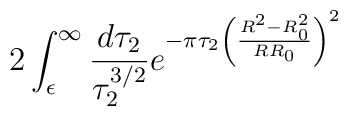
2\int_{\epsilon}^{\infty}\frac{d\tau_{2}}{\tau_{2}^{3/2}}e^{-\pi\tau_{2}\left(\frac{R^{2}-R^{2}_{0}}{RR_{0}} \right)^{2}}